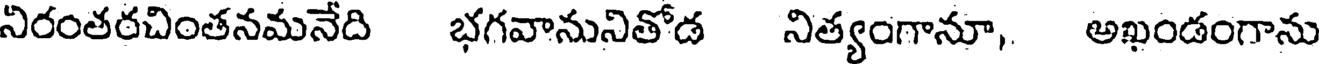
నిరంతరచింతనమనేది భగవానునితోడ నిత్యంగానూ, అఖండంగాను